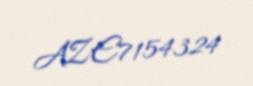
AZE7154324